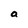
Character: a